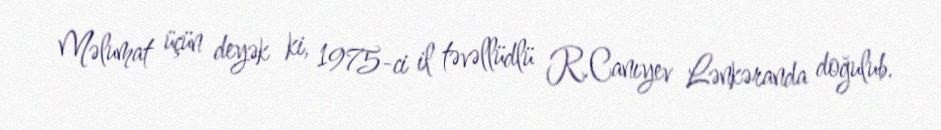
Məlumat üçün deyək ki, 1975-ci il təvəllüdlü R.Canıyev Lənkəranda doğulub.